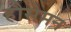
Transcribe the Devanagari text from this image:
हौसेमन